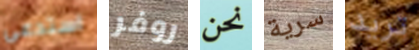
استدعى روفر نحن سرية تريد